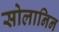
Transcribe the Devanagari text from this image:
सोलानिन